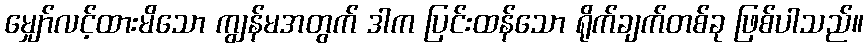
မျှော်လင့်ထားမိသော ကျွန်မအတွက် ဒါက ပြင်းထန်သော ရိုက်ချက်တစ်ခု ဖြစ်ပါသည်။